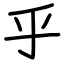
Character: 乎